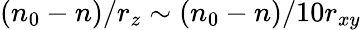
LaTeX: (n_{0}-n)/r_{z}\sim(n_{0}-n)/10r_{xy}